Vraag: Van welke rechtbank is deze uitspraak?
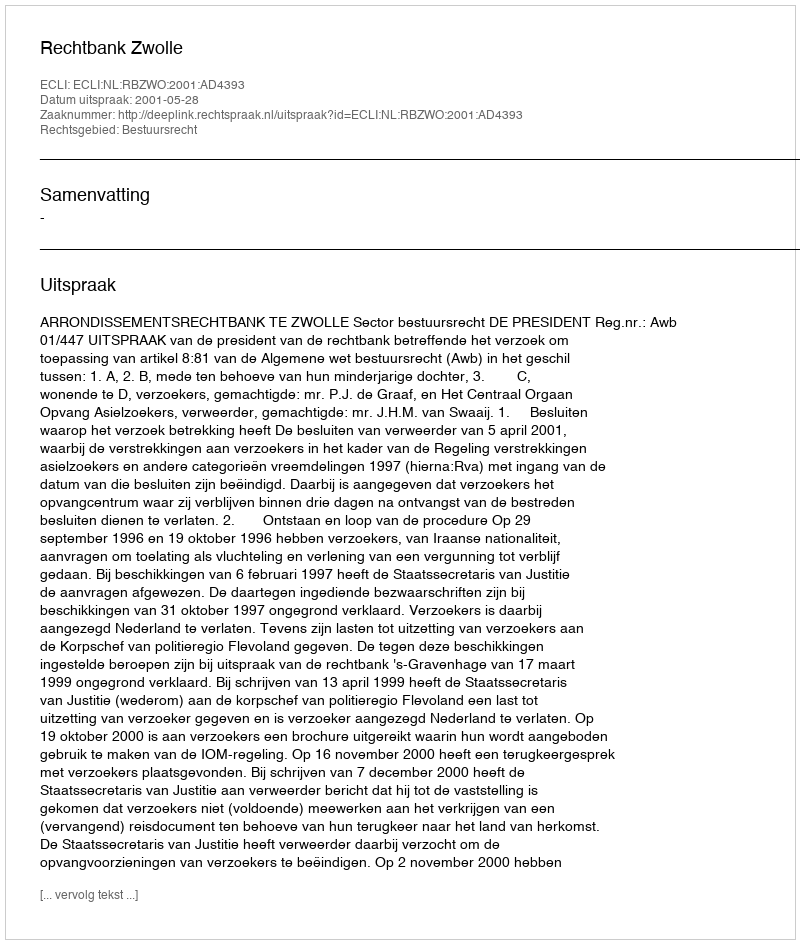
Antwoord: Rechtbank Zwolle